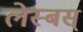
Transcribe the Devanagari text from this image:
लेस्बस्